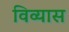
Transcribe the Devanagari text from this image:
विव्यास